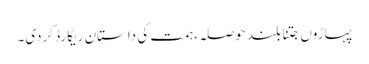
پہاڑوں جتنا بلند حوصلہ، ہمت کی داستان ریکارڈ کردی۔